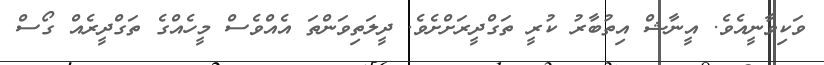
ވަކިވާނީއެވެ. އީނާޝް އިތުބާރު ކުރީ ތަގްދީރަށްށެވެ. ދީލަތިވަންތަ އެއްވެސް މީހެއްގެ ތަގްދީރެއް ގޯސް